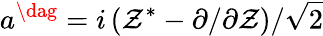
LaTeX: a^{\dag}={i}\left(\mathcal{Z}^{*}-{\partial}/{\partial\mathcal{Z}}\right)/{\sqrt{2}}